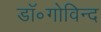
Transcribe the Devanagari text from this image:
डॉ॰गोविन्द